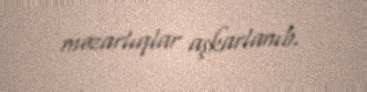
məzarlıqlar aşkarlanıb.